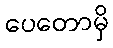
ပေတောမှိ